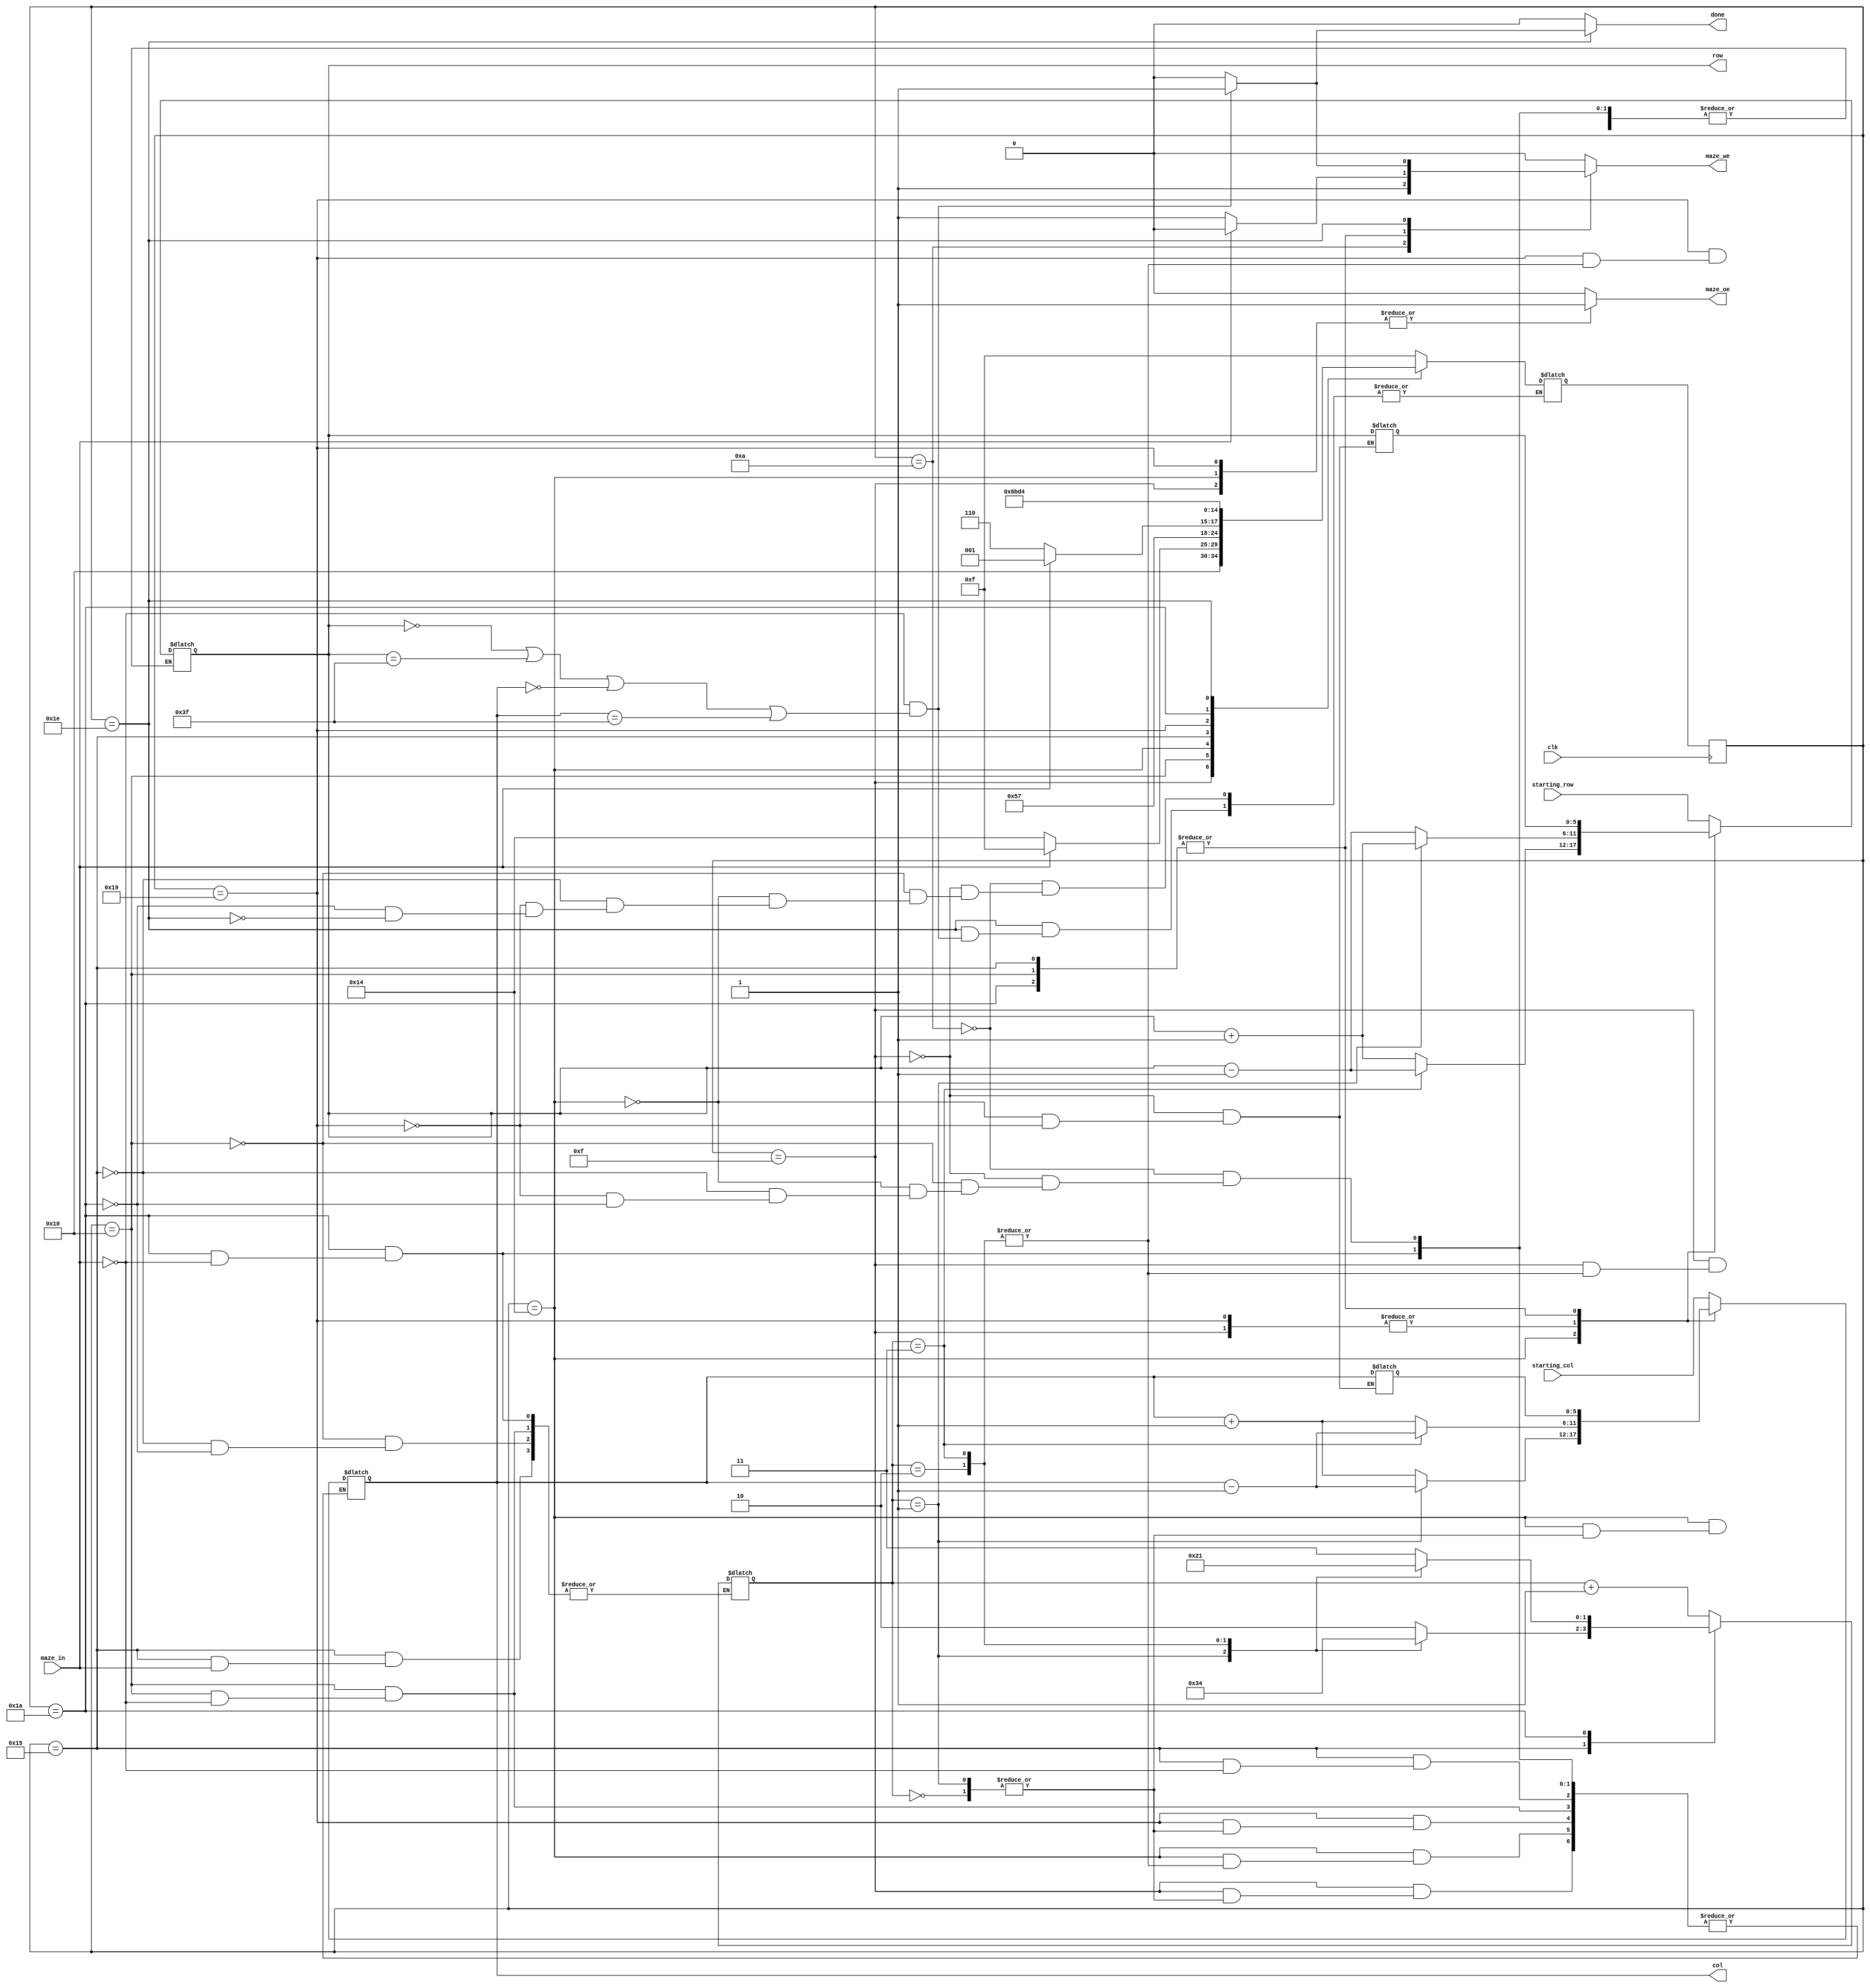
`timescale 1ns / 1ps

module maze(
input 		clk,
input[5:0] 	starting_col, starting_row, 		// indicii punctului de start
input 		maze_in, 							// ofer informaii despre punctul de coordonate [row, col]
output reg[5:0] row, col, 							// selecteaz un rnd si o coloan din labirint
output reg		maze_oe,							// output enable (activeaz citirea din labirint la rndul i coloana date) - semnal sincron	
output reg 		maze_we, 							// write enable (activeaz scrierea n labirint la rndul i coloana  date) - semnal sincron
output reg		done);		 						// ieirea din labirint a fost gasit; semnalul rmane activ 

`define initialize 10
`define direction 15
`define check_right 20
`define check_forward 25
`define final_check 30


`define north 0
`define south 1
`define east 2
`define west 3

reg[5 : 0] last_row, last_col;		//variabile ce retin coordonatele unui punct, inainte de verificarea campurilor adiacente
									//cu ajutorul acestora se revine la coordonatele precedente in cazul atingerii unui zid
reg[4 : 0] state = `initialize, next_state;
reg[1 : 0] dir = `north;		//variabila ce retine directia de deplasare in labirint

always @(posedge clk) begin
	state <= next_state;
end

always @(*) begin
	maze_oe = 0;
	maze_we = 0;
	done = 0;
	
	case(state)
		`initialize: begin
			row = starting_row;
			col = starting_col;
			maze_we = 1;
			
			next_state = `direction;
		end
		
		`direction: begin		//se stabileste directia initiala de deplasare
			last_row = row;
			last_col = col;
			case(dir)
				`north: begin
					row = row - 1;
				end
				
				`south: begin
					row = row + 1;
				end
				
				`east: begin
					col = col + 1;
				end
				
				`west: begin
					col = col - 1;
				end
			endcase
			maze_oe = 1;
			next_state = `direction + 1;
		end
		
		`direction + 'd1: begin		//se verifica valabilitatea directiei
			if(maze_in == 1) begin		//in cazul atingerii unui zid se revine la coordonatele precedente si se alege o alta directie de deplasare
				row = last_row;	
				col = last_col;
				dir = dir + 1;
				next_state = `direction;
			end
			else begin
				maze_we = 1;
				next_state = `check_right;
			end
		end
			
		`check_right: begin		//se verifica posibilitatea deplasarii la dreapta
			last_row = row;
			last_col = col;
			case(dir)
				`north: begin
					col = col + 1;
				end
				
				`south: begin
					col = col - 1;
				end
				
				`east: begin
					row = row + 1;
				end
				
				`west: begin
					row = row - 1;
				end
			endcase
			maze_oe = 1;
			next_state = `check_right + 1;
		end
		
		`check_right + 'd1: begin		//daca deplasarea la dreapta este posibila, se modifica directia
			if(maze_in == 1) begin
				row = last_row;
				col = last_col;
				next_state = `check_forward;
			end
			else begin
				case(dir)
					`north: begin
						dir = `east;
					end
					
					`south: begin
						dir = `west;
					end
					`east: begin
						dir = `south;
					end
					`west: begin
						dir = `north;
					end
				endcase
				maze_we = 1;
				next_state = `final_check;
			end
		end
		
		`check_forward: begin		//se verifica posibilitatea deplasarii inainte
			last_row = row;
			last_col = col;
			case(dir)
				`north: begin
					row = row - 1;
				end
				
				`south: begin
					row = row + 1;
				end

				`east: begin
					col = col + 1;
				end
			
				`west: begin
					col = col - 1;
				end
			endcase
			maze_oe = 1;
			next_state = `check_forward + 'd1;
		end
		
		`check_forward + 'd1: begin		//daca deplasarea nu este posibila, se schimba directia
			if(maze_in == 1) begin
				row = last_row;
				col = last_col;
				case(dir)
					`north: begin
						dir = `west;
					end
					
					`south: begin
						dir = `east;
					end
					`east: begin
						dir = `north;
					end
					`west: begin
						dir = `south;
					end
				endcase
			end
			else begin
				maze_we = 1;
			end
			next_state = `final_check;
		end
		
		`final_check: begin		//se verifica atingerea sfarsitului labirintului
			if(maze_in == 0 &&(row == 0 || row == 63 || col == 0 || col == 63)) begin
				done = 1;
				maze_we = 1;
			end
			else begin
				next_state = `check_right;
			end
		end
	endcase
end
endmodule